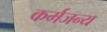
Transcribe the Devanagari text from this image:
कर्मजन्य